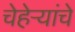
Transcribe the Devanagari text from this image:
चेहेऱ्यांचे